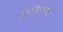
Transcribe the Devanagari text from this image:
टिसिनसची